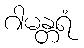
ဂါမန္တရံ